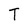
Character: T